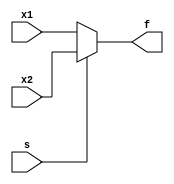
// Behavioral specification
module example5 (x1, x2, s, f);
	input x1, x2, s;
	output f;
	reg f;

	always @(x1 or x2 or s)
		if (s == 0)
			f = x1;
		else
			f = x2;

endmodule